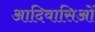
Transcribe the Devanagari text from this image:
आदिवासिओं